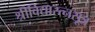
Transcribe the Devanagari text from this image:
श्रीविद्यारत्नसूत्र